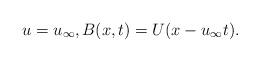
LaTeX: \begin{align*}u=u_{\infty},B(x,t)=U(x-u_{\infty}t).\end{align*}